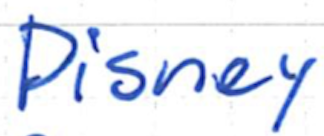
Text: Disney
Cross-out: clean
Writing tool: ballpoint